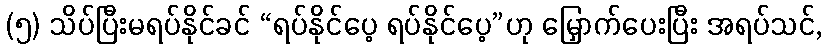
(၅) သိပ်ပြီးမရပ်နိုင်ခင် “ရပ်နိုင်ပေ့ ရပ်နိုင်ပေ့”ဟု မြှောက်ပေးပြီး အရပ်သင်,